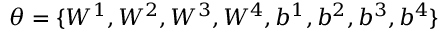
\theta = \{ W ^ { 1 } , W ^ { 2 } , W ^ { 3 } , W ^ { 4 } , b ^ { 1 } , b ^ { 2 } , b ^ { 3 } , b ^ { 4 } \}